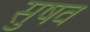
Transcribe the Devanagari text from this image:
सुषव